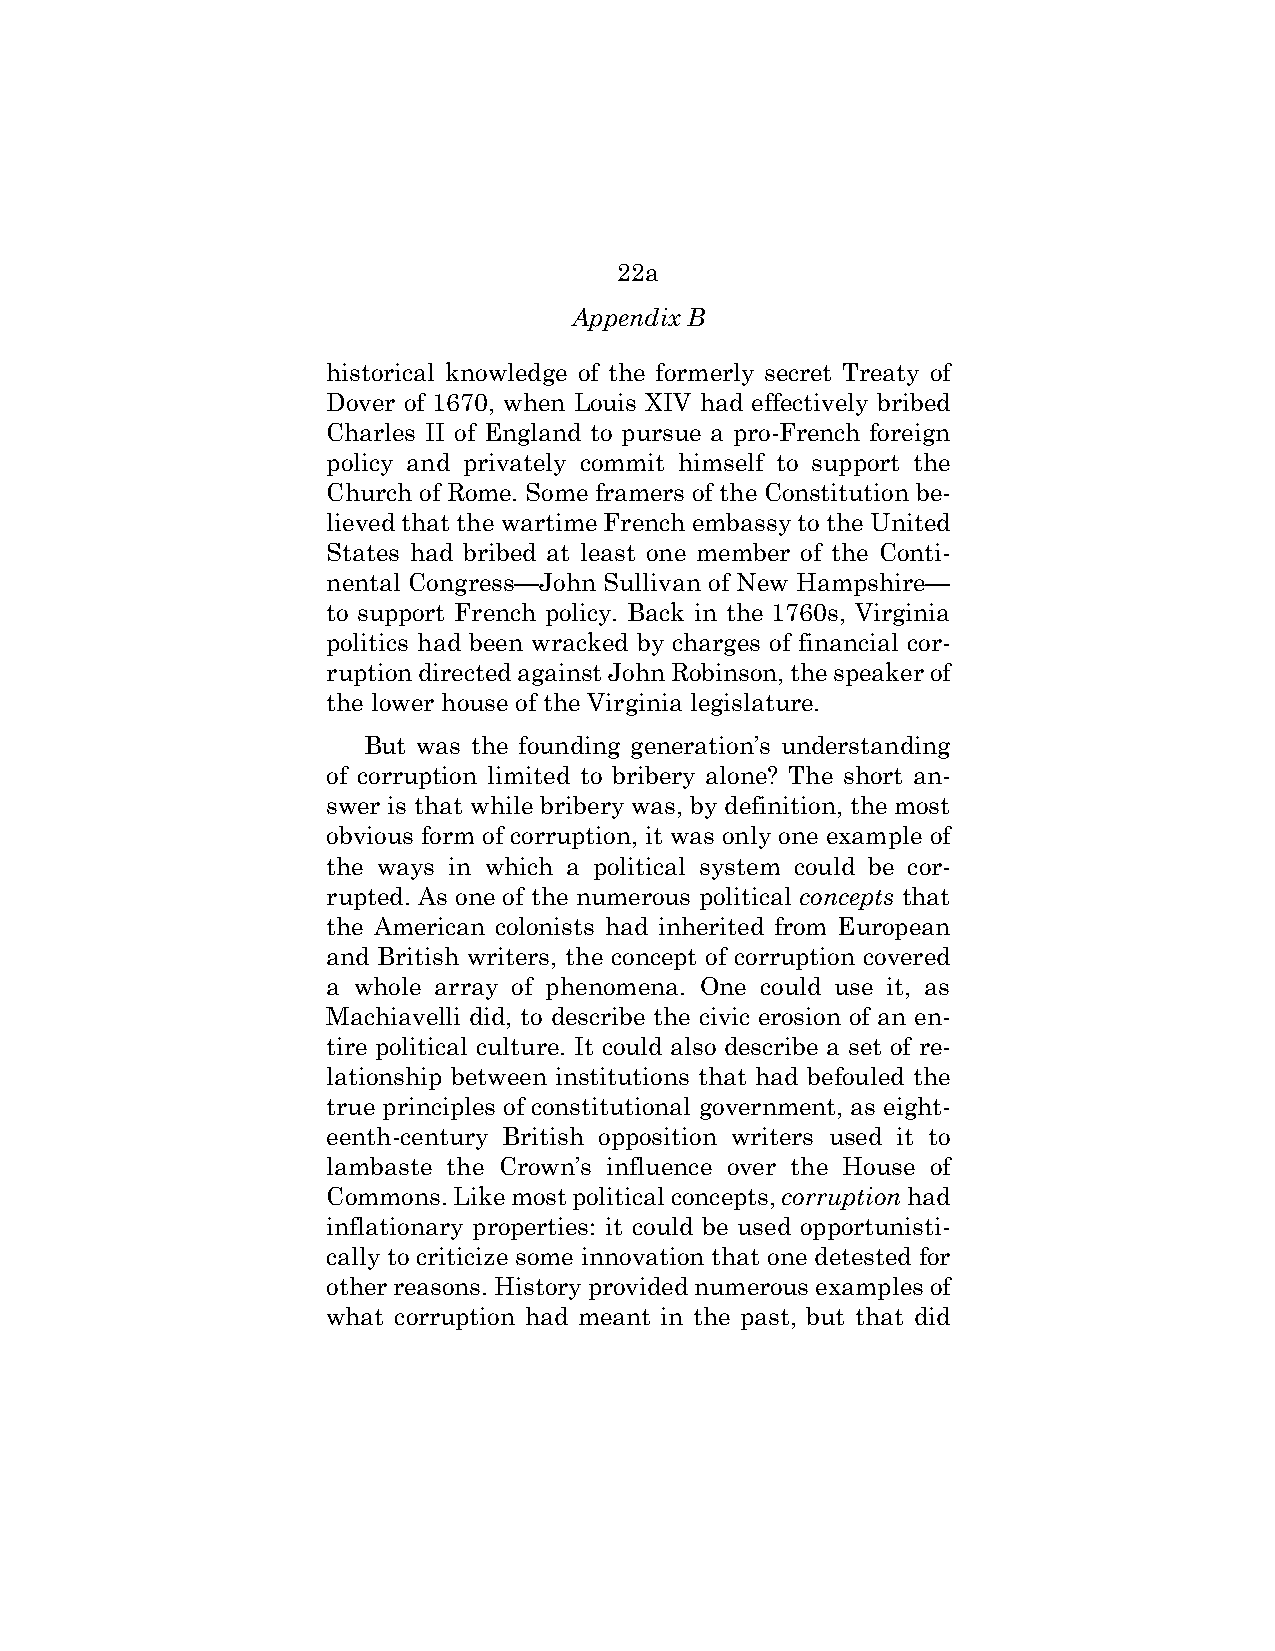
22a
 Appendix B
 historical knowledge of the formerly secret Treaty of
 Dover of 1670, when Louis XIV had effectively bribed
 Charles II of England to pursue a pro-French foreign
 policy and privately commit himself to support the
 Church of Rome. Some framers of the Constitution be-
 lieved that the wartime French embassy to the United
 States had bribed at least one member of the Conti-
 nental Congress—John Sullivan of New Hampshire—
 to support French policy. Back in the 1760s, Virginia
 politics had been wracked by charges of financial cor-
 ruption directed against John Robinson, the speaker of
 the lower house of the Virginia legislature.
 But was the founding generation’s understanding
 of corruption limited to bribery alone? The short an-
 swer is that while bribery was, by definition, the most
 obvious form of corruption, it was only one example of
 the ways in which a political system could be cor-
 rupted. As one of the numerous political concepts that
 the American colonists had inherited from European
 and British writers, the concept of corruption covered
 a whole array of phenomena. One could use it, as
 Machiavelli did, to describe the civic erosion of an en-
 tire political culture. It could also describe a set of re-
 lationship between institutions that had befouled the
 true principles of constitutional government, as eight-
 eenth-century British opposition writers used it to
 lambaste the Crown’s influence over the House of
 Commons. Like most political concepts, corruption had
 inflationary properties: it could be used opportunisti-
 cally to criticize some innovation that one detested for
 other reasons. History provided numerous examples of
 what corruption had meant in the past, but that did